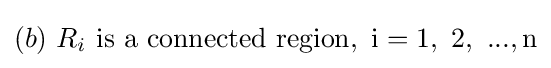
(b){\text{ }}R_{i}{\text{ is a connected region}},{\text{ i}}={\text{1}},{\text{ 2}},{\text{ }}...,{\text{n}}